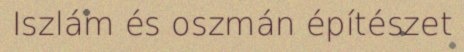
Iszlám és oszmán építészet